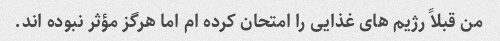
من قبلاً رژیم های غذایی را امتحان کرده ام اما هرگز مؤثر نبوده اند.